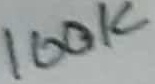
Text: 100K